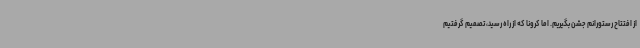
از افتتاح رستورانم جشن بگیریم. اما کرونا که از راه رسید، تصمیم گرفتیم